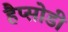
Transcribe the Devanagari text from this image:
हैप्सोडी